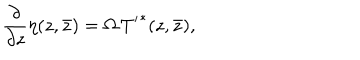
LaTeX: \frac { \partial } { \partial z } \eta ( { z , \bar { z } } ) = \Omega \, { T ^ { \prime } } ^ { * } ( { z , \bar { z } } ) ,